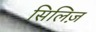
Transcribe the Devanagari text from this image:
सिलिज़